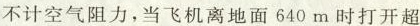
不计空气阻力，当飞机离地面640m时打开超